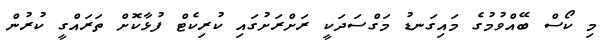
މި ކޯސް ބޭއްވުމުގެ މައިގަނޑު މަގްސަދަކީ ރަށްރަށުގައި ކުރިކެޓް ފުޅާކޮށް ތަރައްގީ ކުރުން